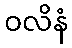
ဝလိနံ